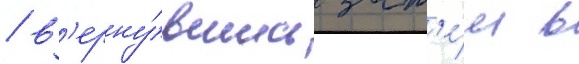
/ в'ерну́вшись зат'е́м в